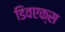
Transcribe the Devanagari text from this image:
डिवएक्स